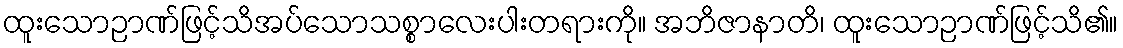
ထူးသောဉာဏ်ဖြင့်သိအပ်သောသစ္စာလေးပါးတရားကို။ အဘိဇာနာတိ၊ ထူးသောဉာဏ်ဖြင့်သိ၏။